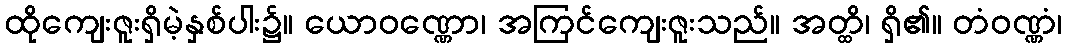
ထိုကျေးဇူးရှိမဲ့နှစ်ပါး၌။ ယောဝဏ္ဏော၊ အကြင်ကျေးဇူးသည်။ အတ္ထိ၊ ရှိ၏။ တံဝဏ္ဏံ၊